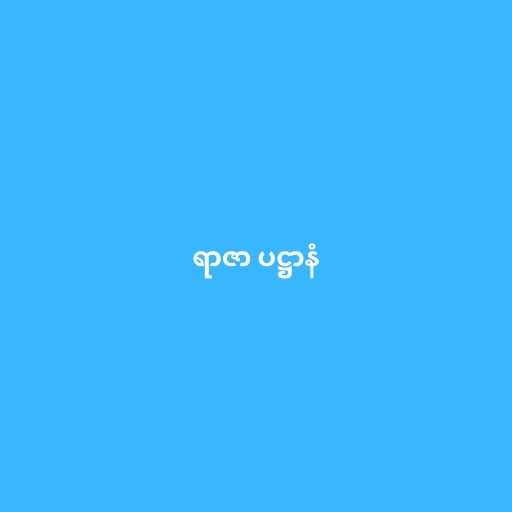
ရာဇာ ပဋ္ဌာနံ